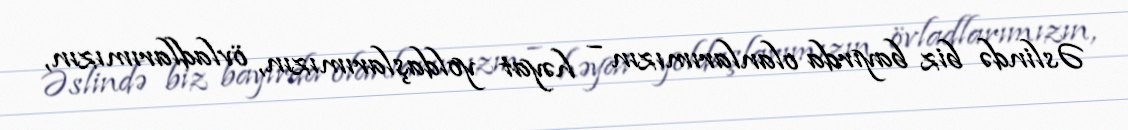
Əslində biz bayırda olanlarımızın – həyat yoldaşlarımızın, övladlarımızın,